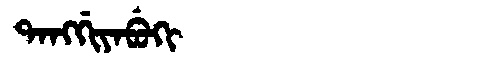
Manchu: ᡨᠠᠩᡤᡳᠶᠠᠪᡠᡴᡳ
Romanization: TANGGIYABUKI